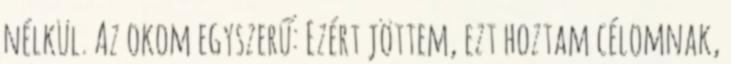
nélkül. Az okom egyszerű: Ezért jöttem, ezt hoztam célomnak,